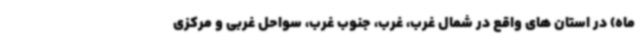
ماه) در استان های واقع در شمال غرب، غرب، جنوب غرب، سواحل غربی و مرکزی